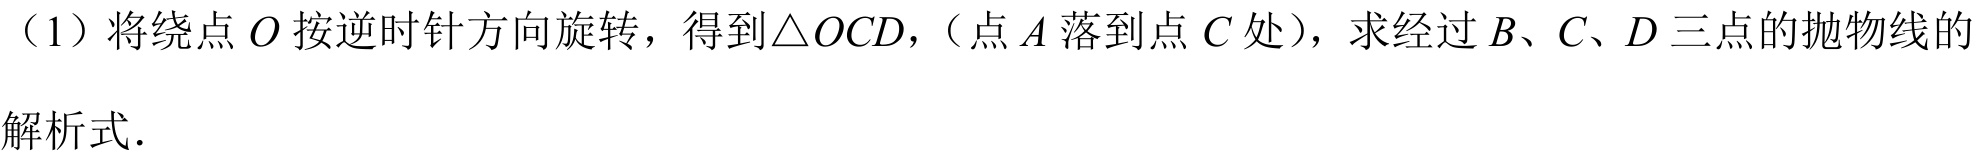
（1）将绕点 \(O\) 按逆时针方向旋转，得到\(\triangle OCD\)，（点 \(A\) 落到点 \(C\) 处），求经过 \(B、C、D\) 三点的抛物线的解析式.